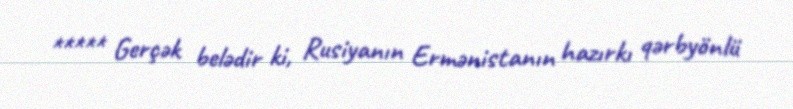
***** Gerçək belədir ki, Rusiyanın Ermənistanın hazırkı qərbyönlü